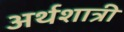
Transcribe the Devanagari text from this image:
अर्थशात्री